Indian journal of veterinary science and animal husbandry - Volume 10,
Year: 1940
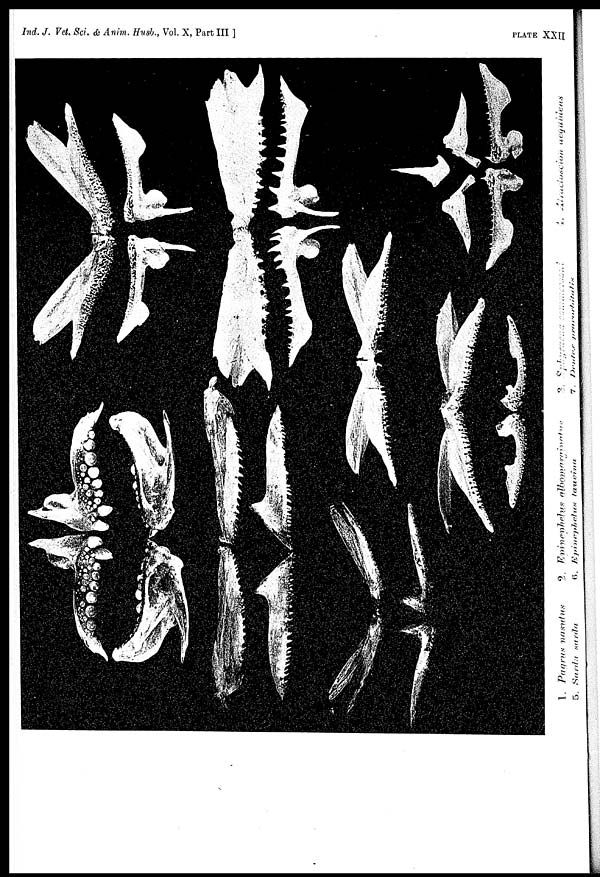
Ind. J. Vet. Sci. & Anim. Husb., Vol. X, Part III ]
PLATE
XXII
1.
Pagrus
nosutus
2.
Epinephelus
albomarginatus
3.
Sphyracena
commersoni
4.
Atractocion,
aequidens
5.
Sarda
sarda
6.
Epinelephelus
lauvona
7.
Dentex
paracorbitalis